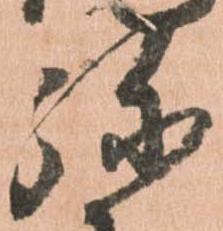
弥